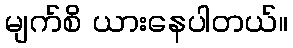
မျက်စိ ယားနေပါတယ်။